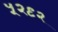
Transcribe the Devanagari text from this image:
५२९२